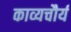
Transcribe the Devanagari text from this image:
काव्यचौर्य